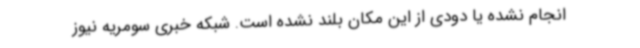
انجام نشده یا دودی از این مکان بلند نشده است. شبکه خبری سومریه نیوز